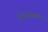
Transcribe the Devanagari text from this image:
विश्वमाया